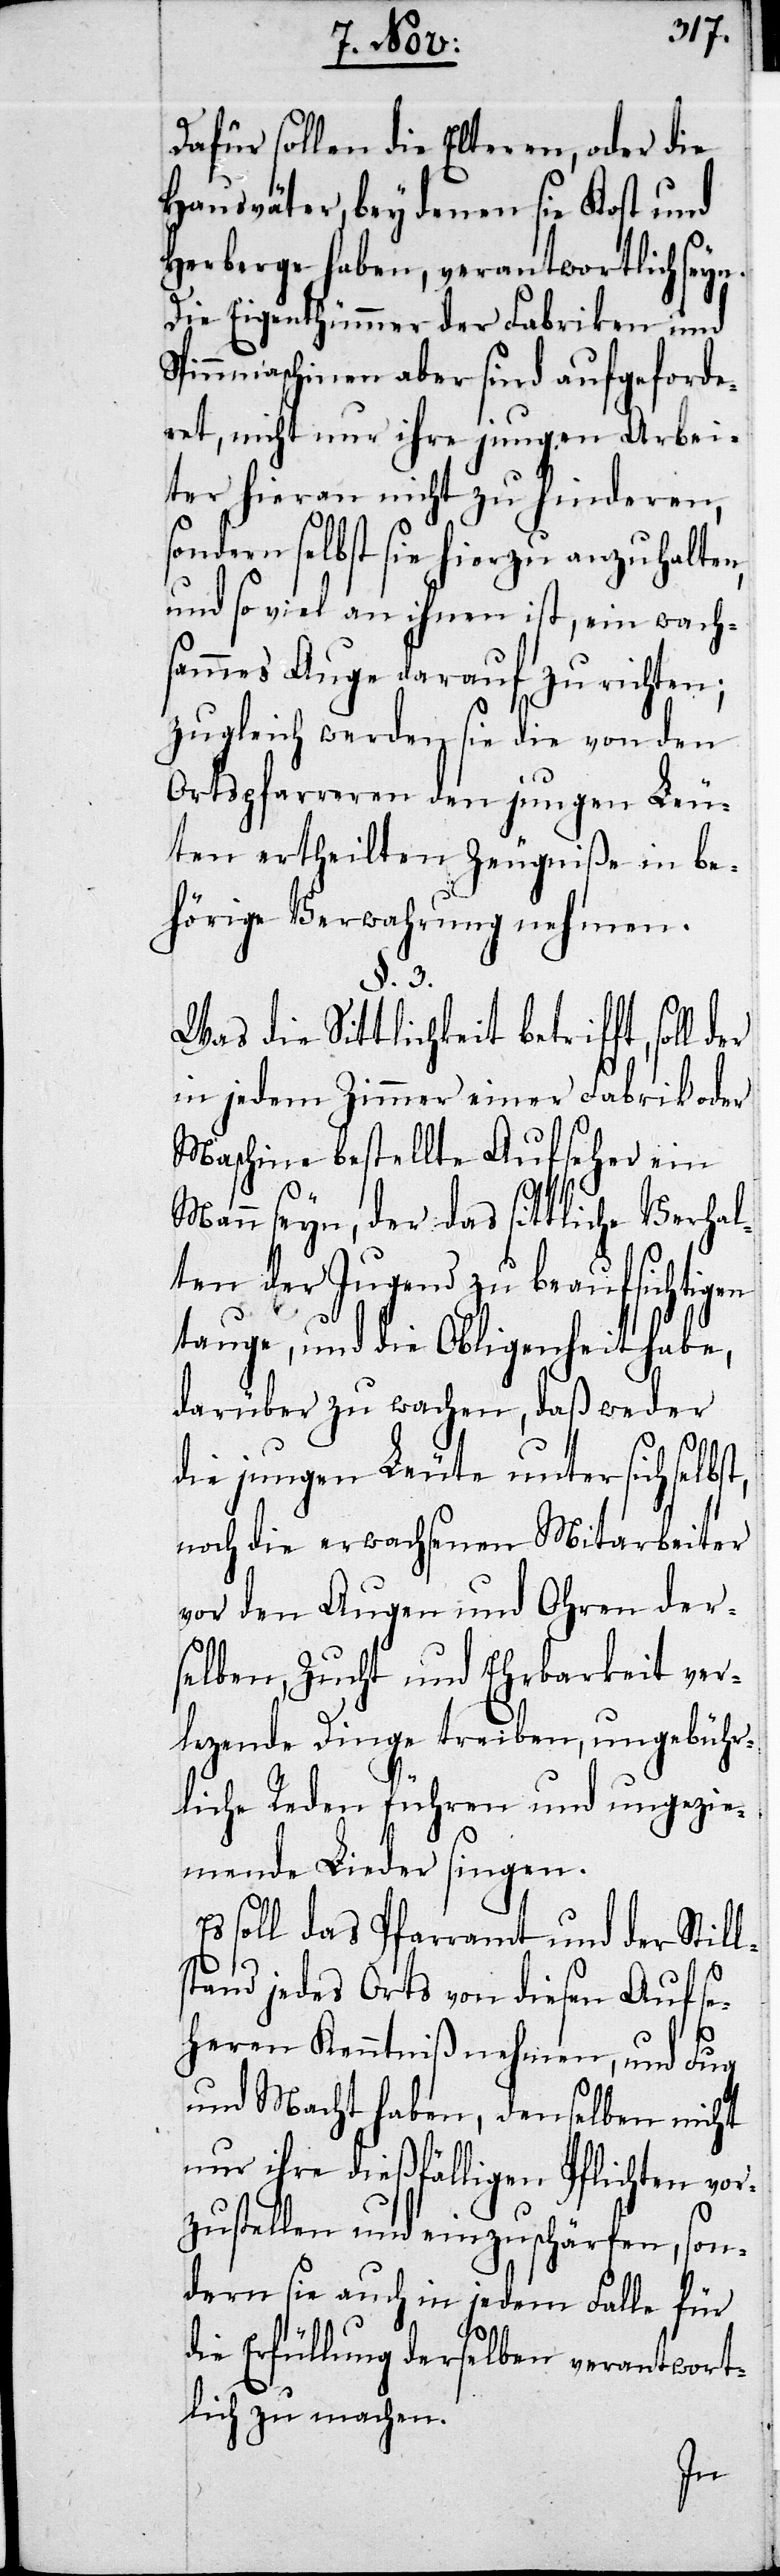
Dafür sollen die Elteren, oder die
Hausväter, bey denen sie Kost und
Herberge haben, verantwortlich seyn.
Die Eigenthümmer der Fabriken und
Spinnmaschinen aber sind aufgeforde¬
ret, nicht nur ihre jungen Arbei¬
ter hieran nicht zu hinderen,
sondern selbst sie hierzu anzuhalten,
und so viel an ihnen ist, ein wach¬
sammes Auge darauf zu richten;
zugleich werden sie die von den
Ortspfarreren den jungen Leu¬
ten ertheilten Zeugniße in be¬
hörige Verwahrung nehmen.
§. 3.
Was die Sittlichkeit betrifft, soll
in jedem Zimmer einer Fabrik oder
Maschine bestellte Aufseher ein
Mann seyn, der das sittliche Verhal¬
ten der Jugend zu beaufsichtigen
tauge, und die Obligenheit habe,
darüber zu wachen, daß weder
die jungen Leute unter sich selbst,
noch die erwachsenen Mitarbeiter
vor den Augen und Ohren der¬
selben, Zucht und Ehrbarkeit ver¬
lezende Dinge treiben, ungebühr¬
liche Reden führen und ungezie¬
mende Lieder singen.
Es soll das Pfarramt und der Still¬
stand jedes Orts von diesen Aufse¬
heren Kenntniß nehmen, und Fug
und Macht haben, denselben nicht
nur ihre dießfälligen Pflichten vor¬
zustellen und einzuschärfen, son¬
dern sie auch in jedem Falle für
die Erfüllung derselben verantwort¬
lich zu machen.